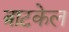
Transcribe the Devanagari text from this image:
त्राटकेल